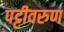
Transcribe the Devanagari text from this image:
पट्टीवरुण